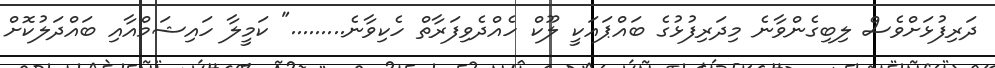
ދަރިފުޅަށްވެސް ލިބިގެންވާނެ މިދަރިފުޅުގެ ބައްޕައަކީ ލޫކް ހެއްދެވިފަރާތް ހެކިވާނެ........." ކަމީލާ ހައިޝަމްއާއި ބައްދަލުކޮށް